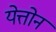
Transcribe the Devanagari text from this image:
येत्तोन